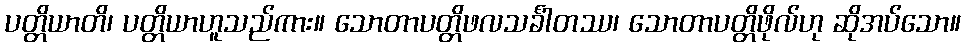
ပတ္တိယာတိ၊ ပတ္တိယာဟူသည်ကား။ သောတာပတ္တိဖလသင်္ခါတဿ၊ သောတာပတ္တိဖိုလ်ဟု ဆိုအပ်သော။